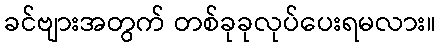
ခင်ဗျားအတွက် တစ်ခုခုလုပ်ပေးရမလား။